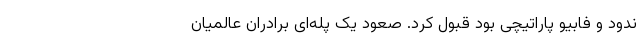
ندود و فابیو پاراتیچی بود قبول کرد. صعود یک پله‌ای برادران عالمیان